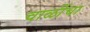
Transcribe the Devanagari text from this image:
चाळींचा